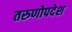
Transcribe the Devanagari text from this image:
तरुणोपदेश